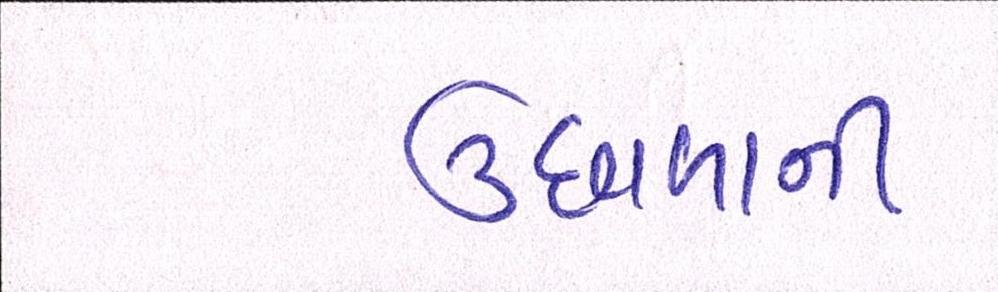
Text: ઉછાળાની